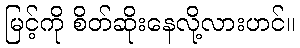
မြင့်ကို စိတ်ဆိုးနေလို့လားဟင်။